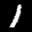
Label: 1